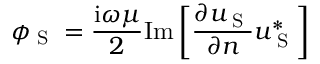
\phi _ { \textup { S } } = \frac { \mathrm { i } \omega \mu } { 2 } \mathrm { I m } \left[ \frac { \partial u _ { \textup { S } } } { \partial n } u _ { \textup { S } } ^ { * } \right]